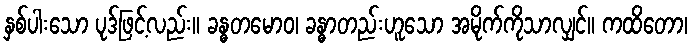
နှစ်ပါးသော ပုဒ်ဖြင့်လည်း။ ခန္ဓတမောဝ၊ ခန္ဓာတည်းဟူသော အမိုက်ကိုသာလျှင်။ ကထိတော၊